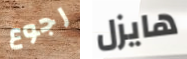
رجوع هايزل